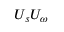
U _ { s } U _ { \omega }